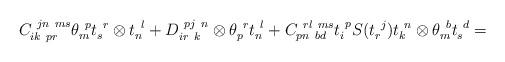
LaTeX: \begin{align*}C_{ik~pr}^{~jn~ms}\theta _{m}^{~p}t_{s}^{~r}\otimes t_{n}^{~l}+D_{ir~k}^{~pj~n}\otimes \theta _{p}^{~r}t_{n}^{~l}+C_{pn~bd}^{~rl~ms}t_{i}^{~p}S(t_{r}^{~j})t_{k}^{~n}\otimes\theta _{m}^{~b}t_{s}^{~d}=\end{align*}